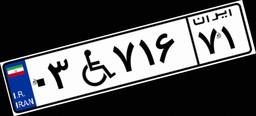
۰۳W۷۱۶۷۱